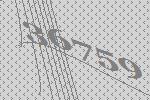
36759